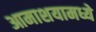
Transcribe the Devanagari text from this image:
आमाशयामध्ये